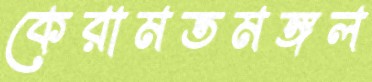
কেরামতমঙ্গল